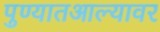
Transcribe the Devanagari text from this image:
पुण्यातआल्यावर